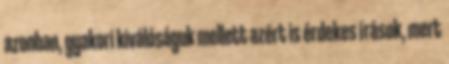
azonban, gyakori kiválóságuk mellett azért is érdekes írások, mert